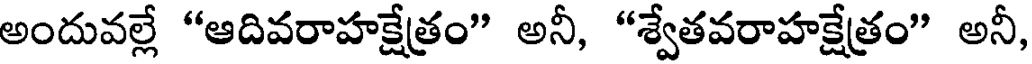
అందువల్లే "ఆదివరాహక్షేత్రం" అనీ, "శ్వేతవరాహక్షేత్రం" అనీ,